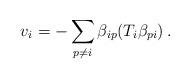
LaTeX: \begin{align*}v_i=-\sum_{p\ne i}\beta_{ip}(T_i\beta_{pi})\, .\end{align*}